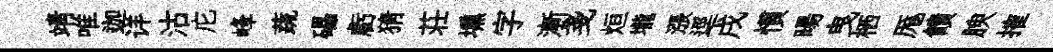
靖唯迦详沽庀峰蔬礧虧猜荘壎字漸戔烜壠漲逕戌慣暘曳栖厖饋腴搉